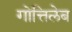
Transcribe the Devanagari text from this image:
गोत्तिलेब